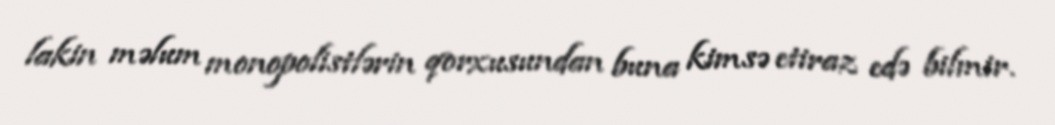
lakin məlum monopolistlərin qorxusundan buna kimsə etiraz edə bilmir.